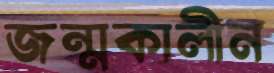
জন্মকালীন